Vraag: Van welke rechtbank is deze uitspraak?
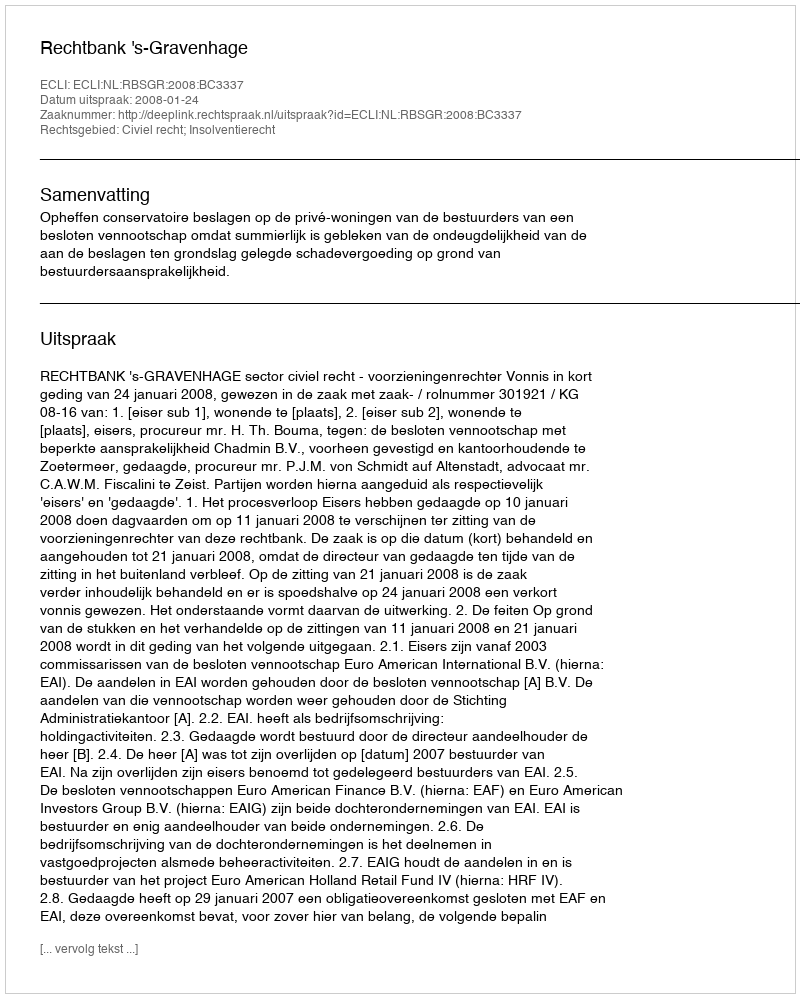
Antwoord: Rechtbank 's-Gravenhage